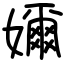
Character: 嬭